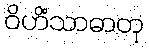
ဝိဟိံသာဓာတု